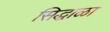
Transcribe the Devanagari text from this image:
सिद्धाळा